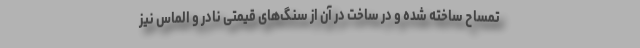
تمساح ساخته شده و در ساخت در آن از سنگ‌های قیمتی نادر و الماس نیز